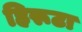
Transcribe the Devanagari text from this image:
हिरूटा